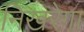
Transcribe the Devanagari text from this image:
निखरेगा